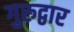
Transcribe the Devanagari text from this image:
गुरुद्वार